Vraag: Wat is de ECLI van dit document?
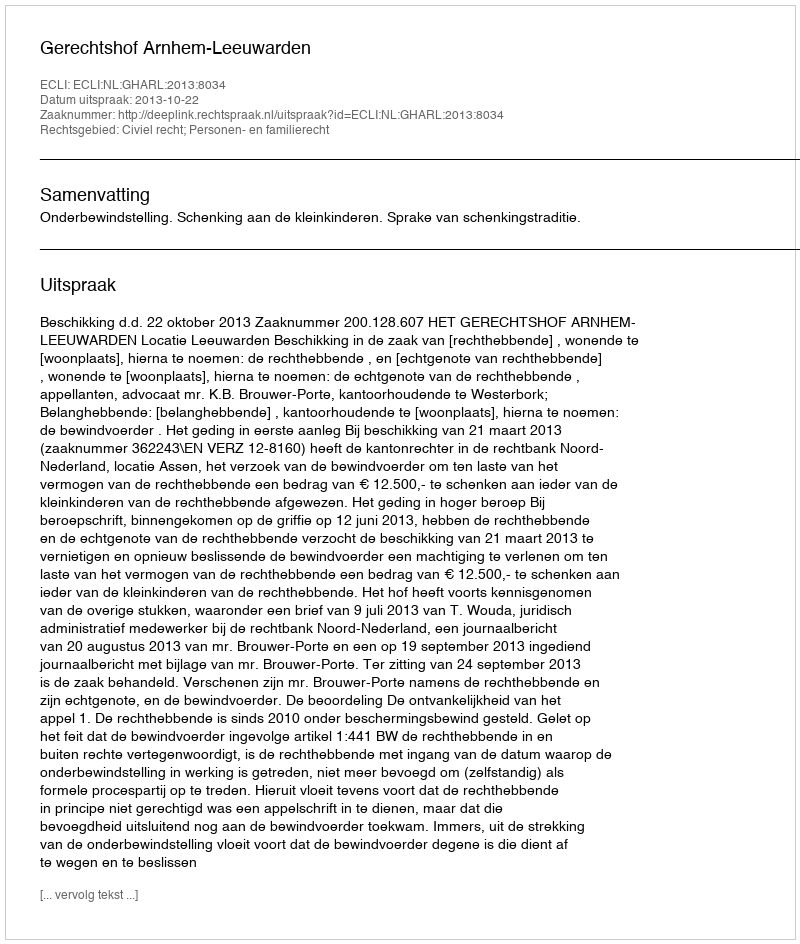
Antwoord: ECLI:NL:GHARL:2013:8034